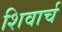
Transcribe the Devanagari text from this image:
शिवार्च